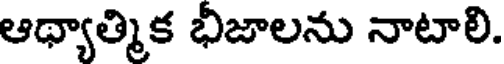
ఆథ్యాత్మిక భీజాలను నాటాలి.